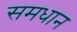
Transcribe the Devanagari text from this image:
समधान